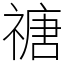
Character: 禟